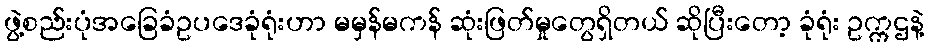
ဖွဲ့စည်းပုံအခြေခံဥပဒေခုံရုံးဟာ မမှန်မကန် ဆုံးဖြတ်မှုတွေရှိတယ် ဆိုပြီးတော့ ခုံရုံး ဥက္ကဌနဲ့